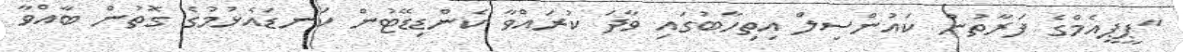
"ޕީޕީއެމްގެ ފަރާތުން ކައުންސިލް އިތިހާބުގައި ވާދަ ކުރައްވާ ކެންޑިޑޭޓުން ކަނޑައެޅުމުގެ ގޮތުން ބާއްވާ